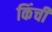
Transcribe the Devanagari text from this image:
किंची